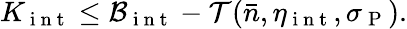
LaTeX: K_{\mathrm{~i~n~t~}}\leq\mathcal{B}_{\mathrm{~i~n~t~}}-\mathcal{T}(\bar{n},\eta_{\mathrm{~i~n~t~}},\sigma_{\mathrm{~P~}}).